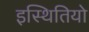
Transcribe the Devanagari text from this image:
इस्थितियो